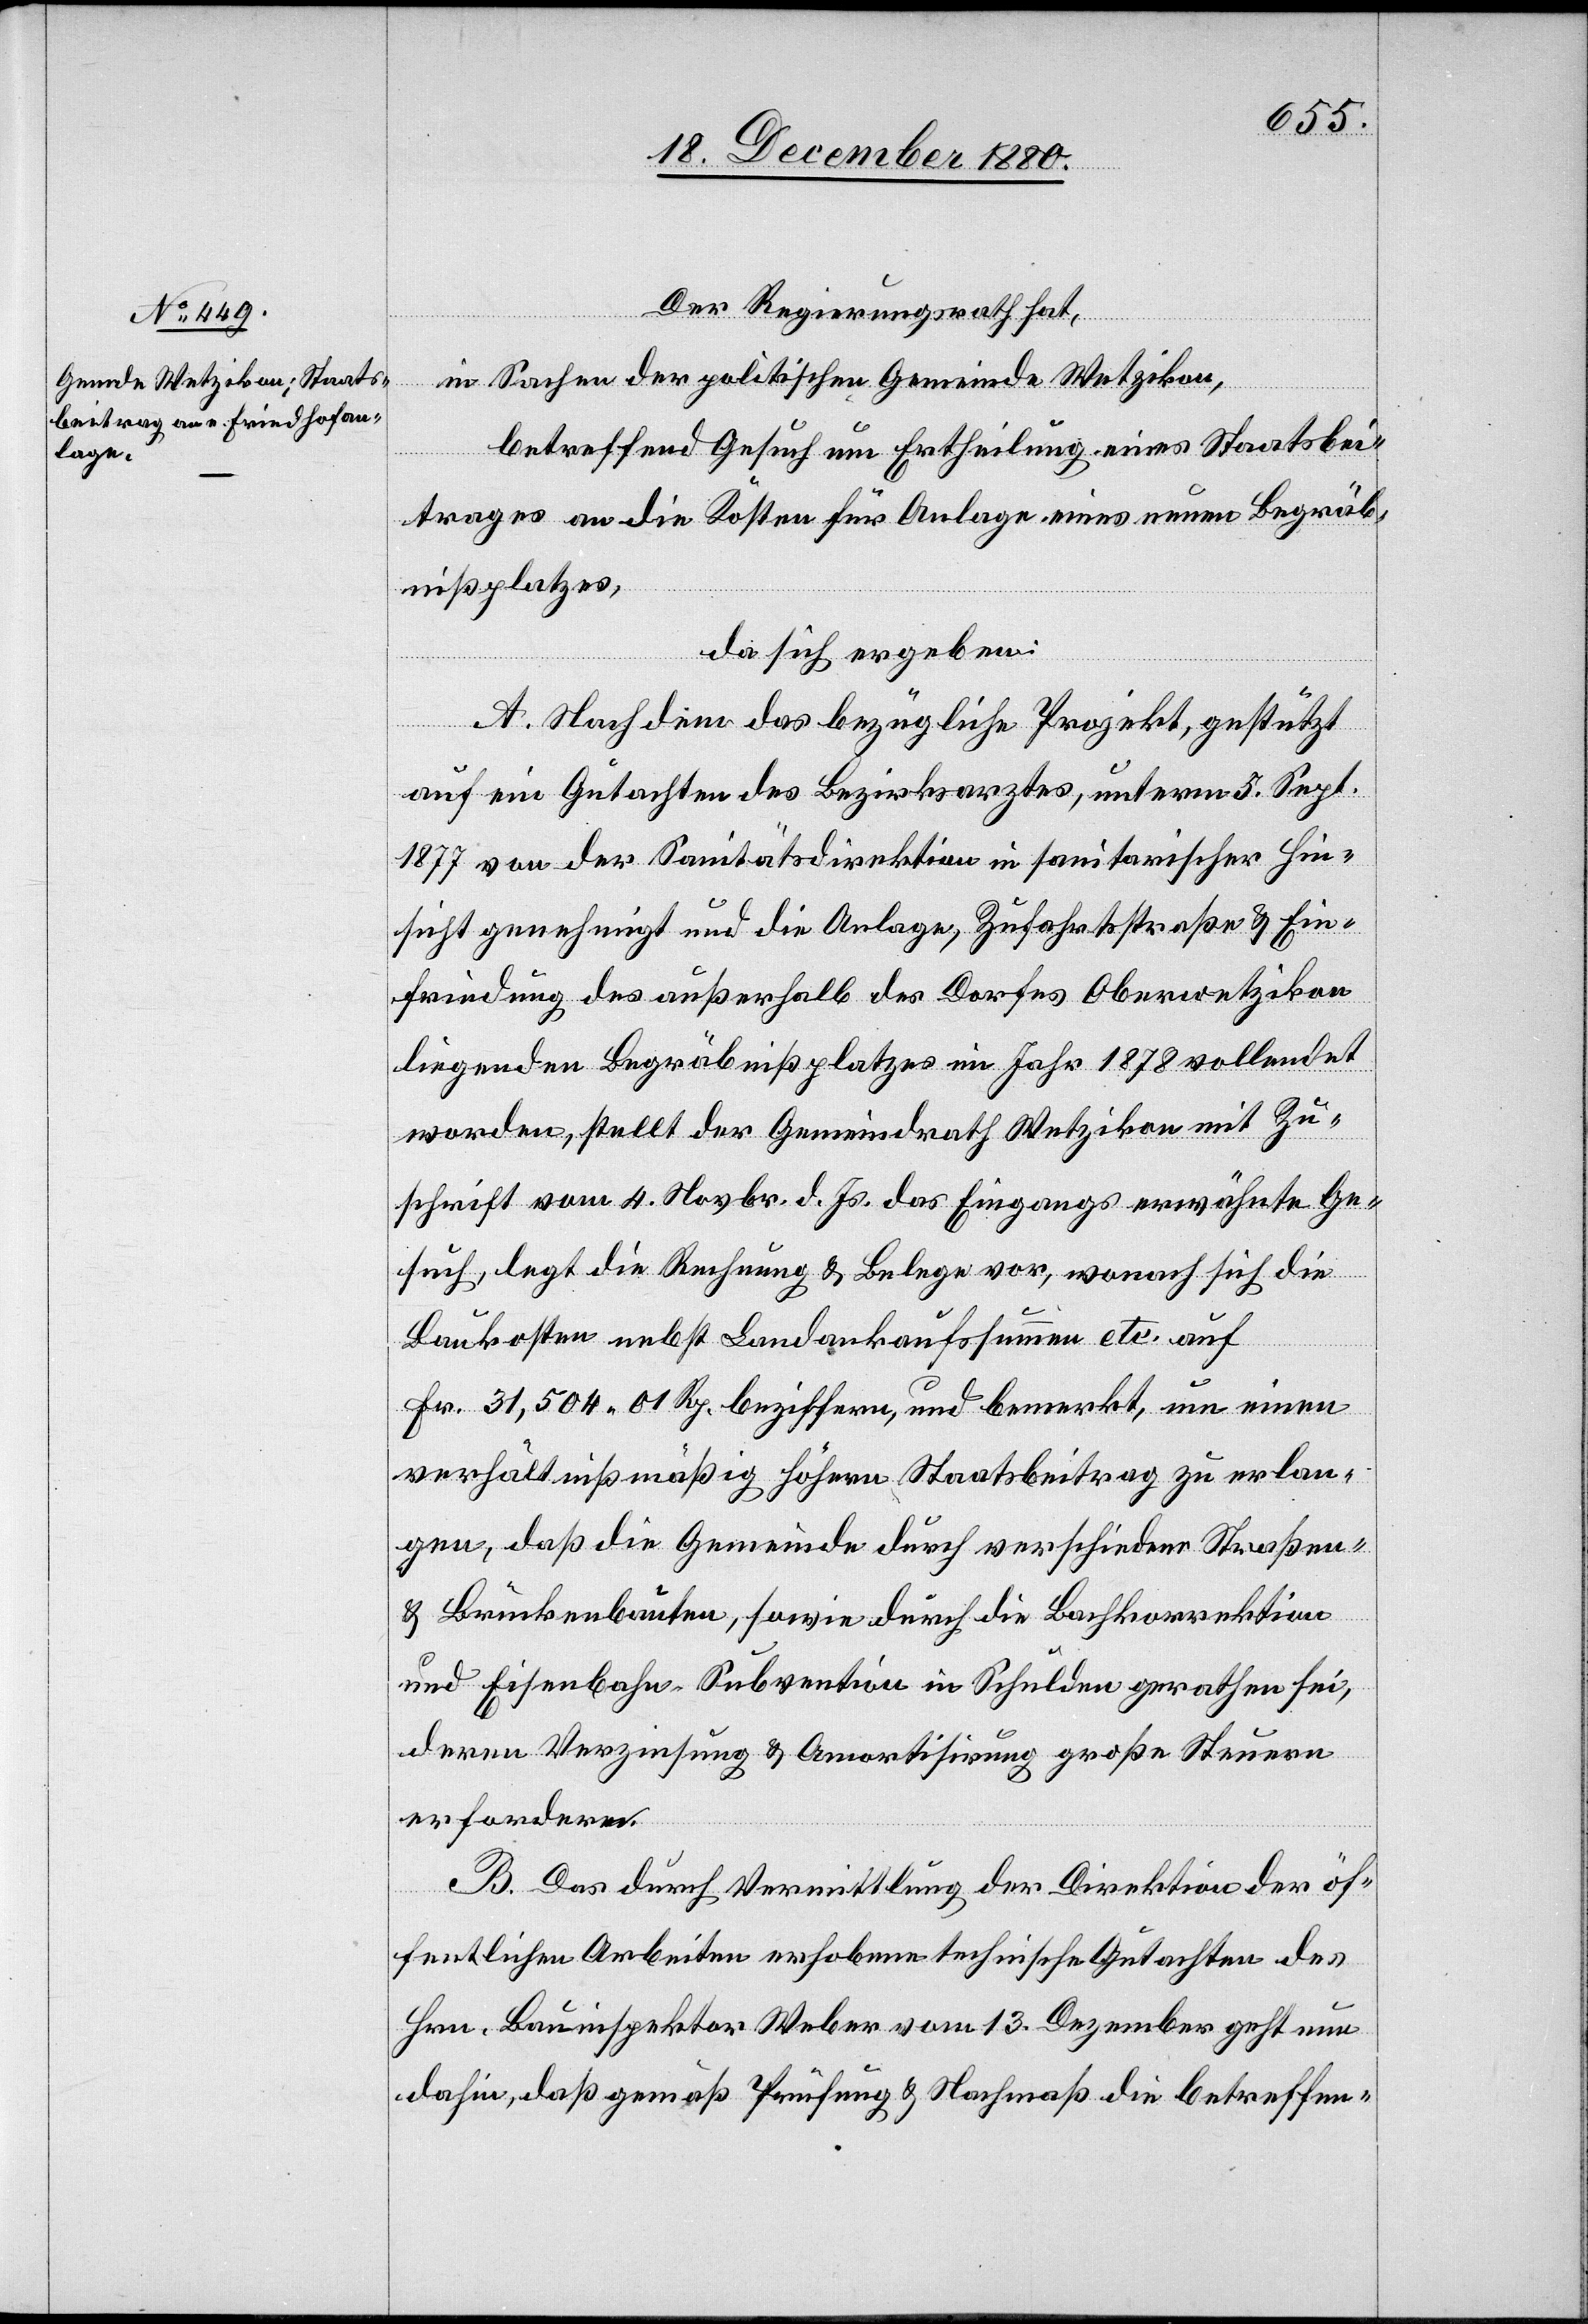
Der Regierungsrath hat,
in Sachen der politischen Gemeinde Wetzikon,
betreffend Gesuch um Ertheilung eines Staatsbei¬
trages an die Kosten für Anlage eines neuen Begräb¬
nißplatzes,
da sich ergeben:
A. Nach dem das bezügliche Projekt, gestützt
auf ein Gutachten des Bezirksarztes, unterm 5. Sept.
1877 von der Sanitätsdirektion in sanitarischer Hin¬
sicht genehmigt und die Anlage, Zufahrtsstraße & Ein¬
friedung des außerhalb des Dorfes Oberwetzikon
liegenden Begräbnißplatzes im Jahr 1878 vollendet
worden, stellt der Gemeindrath Wetzikon mit Zu¬
schrift vom 4. Novbr. d. Js. das Eingangs erwähnte Ge¬
such, legt die Rechnung & Belege vor, wonach sich die
Baukosten nebst Landankaufssumme etc. auf
Fr. 31,504 01 Rp. beziffern, und bemerkt, um einen
verhältnißmäßig höhern Staatsbeitrag zu erlan¬
gen, daß die Gemeinde durch verschiedene Straßen-
& Brückenbauten, sowie durch die Bachkorrektion
und Eisenbahn-Subvention in Schulden gerathen sei,
deren Verzinsung & Amortisirung große Steuern
erfordern.
B. Das durch Vermittlung der Direktion der öf¬
fentlichen Arbeiten erhobene technische Gutachten des
Hrn. Bauinspektor Weber vom 13. Dezember geht nun
dahin, daß gemäß Prüfung & Nachmaß die betreffen-